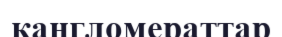
кангломераттар